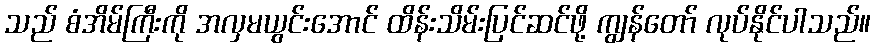
သည် စံအိမ်ကြီးကို အလှမယွင်းအောင် ထိန်းသိမ်းပြင်ဆင်ဖို့ ကျွန်တော် လုပ်နိုင်ပါသည်။